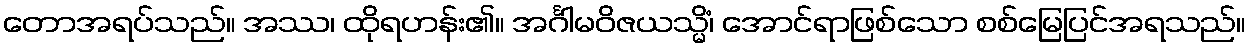
တောအရပ်သည်။ အဿ၊ ထိုရဟန်း၏။ အင်္ဂါမဝိဇယသ္မိံ၊ အောင်ရာဖြစ်သော စစ်မြေပြင်အရသည်။